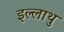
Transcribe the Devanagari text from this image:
इल्लाथु